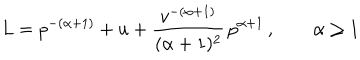
LaTeX: L = p ^ { - ( \alpha + 1 ) } + u + { \frac { v ^ { - ( \alpha + 1 ) } } { ( \alpha + 1 ) ^ { 2 } } } \, p ^ { \alpha + 1 } \, , \quad \quad \alpha \ge 1